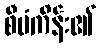
စီမံကိန်း၏